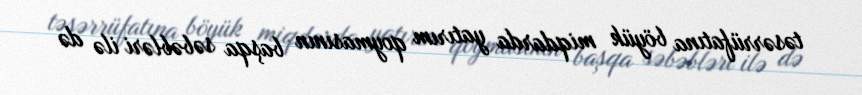
təsərrüfatına böyük miqdarda yatırım qoymasının başqa səbəbləri ilə də